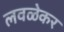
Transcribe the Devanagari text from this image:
लवळेकर